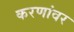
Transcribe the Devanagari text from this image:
करणांवर